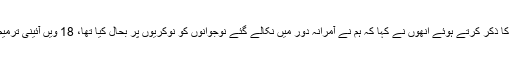
پیپلز پارٹی کے گزشتہ دور حکومت کا ذکر کرتے ہوئے انھوں نے کہا کہ ہم نے آمرانہ دور میں نکالے گئے نوجوانوں کو نوکریوں پر بحال کیا تھا، 18 ویں آئینی ترمیم سے صوبوں کو ان کے حقوق دیے۔